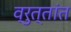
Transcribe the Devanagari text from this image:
व्रुत्तांत